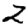
Digit: 2